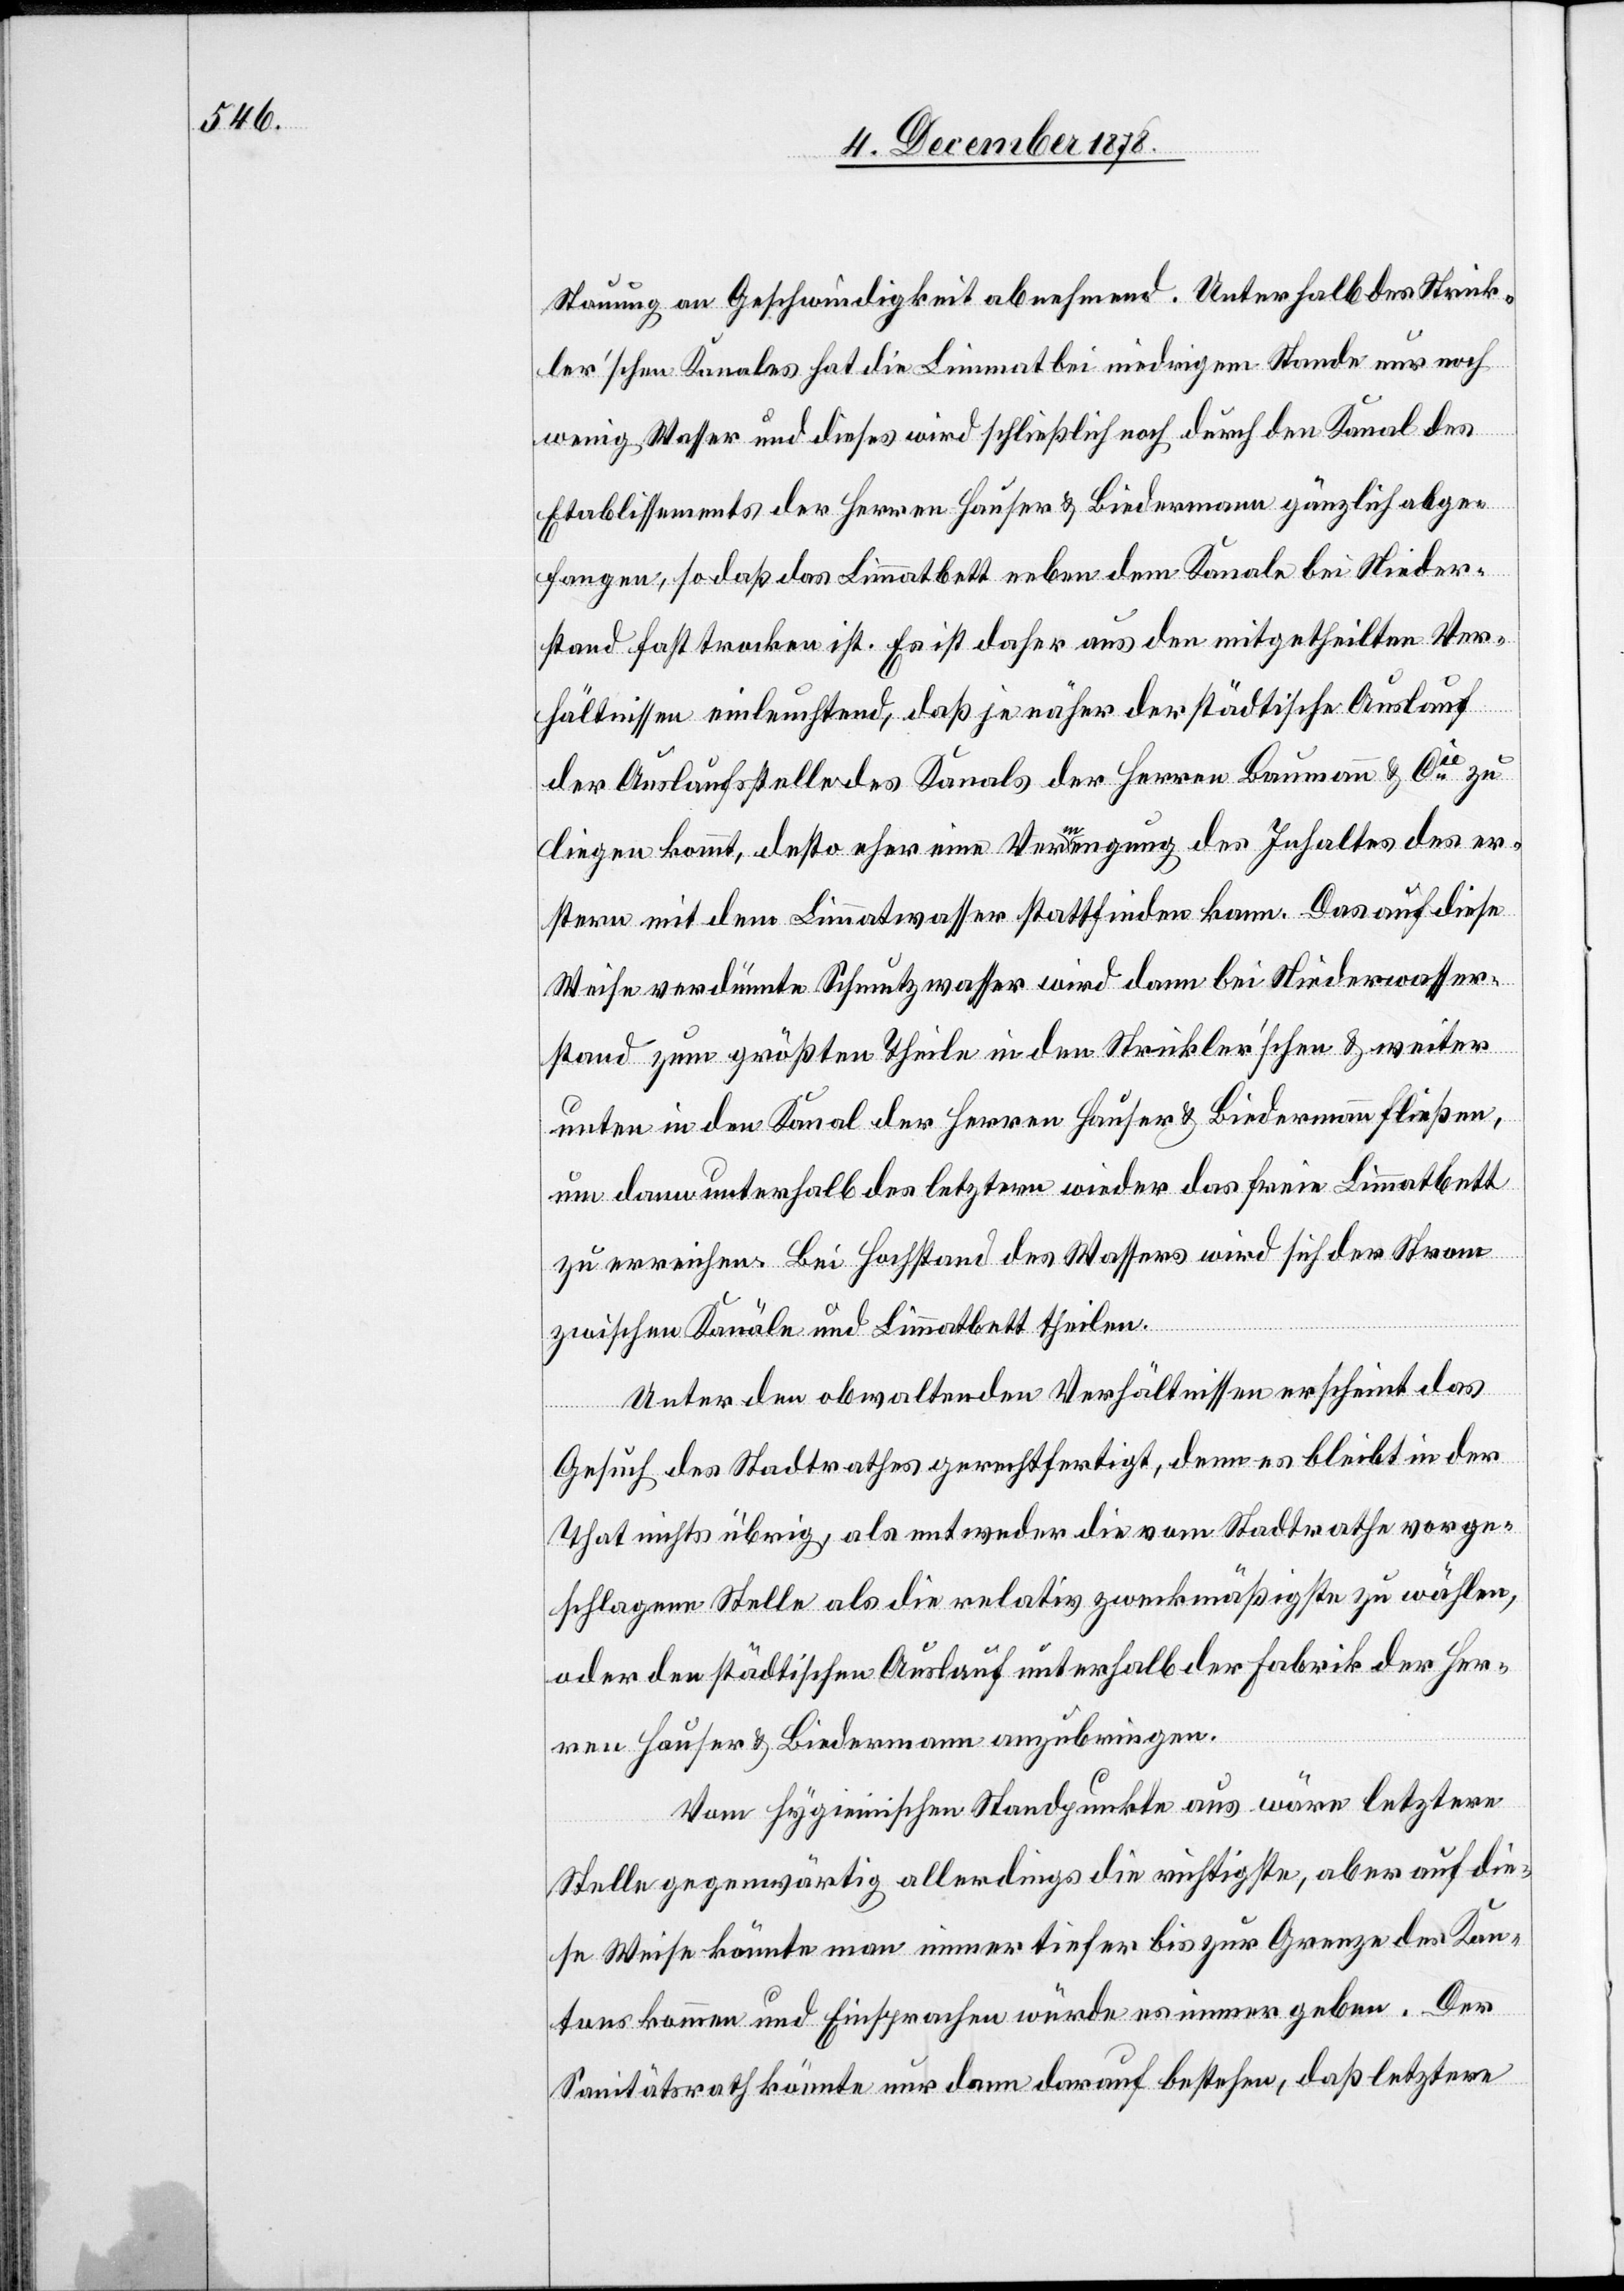
Stauung an Geschwindigkeit abnehmend. Unterhalb des Strick¬
ler’schen Kanale hat die Limmat bei niedrigem Stande nur noch
wenig Wasser und dieses wird schließlich noch durch den Kanal des
Etablissements der Herren Hauser & Biedermann gänzlich abge¬
fangen, so daß das Limmatbett neben dem Kanale bei Nieder¬
stand fast trocken ist. Es ist daher aus den mitgetheilten Ver¬
hältnissen einleuchtend, daß je näher der städtische Auslauf
der Auslaufstelle des Kanals der Herren Baumann & Cie zu
liegen kommt, desto eher eine Vermengung des Inhaltes des er¬
stern mit dem Limmatwasser stattfinden kann. Das auf diese
Weise verdünnte Schmutzwasser wird dann bei Niederwasser¬
stand zum größten Theile in den Strickler’schen & weiter
unten in den Kanal der Herren Hauser & Biedermann fließen,
um dann unterhalb des letztern wieder das freie Limmatbett
zu erreichen. Bei Hochstand des Wassers wird sich der Strom
zwischen Kanäle und Limmatbett theilen.
Unter den obwaltenden Verhältnissen erscheint das
Gesuch des Stadtrathes gerechtfertigt, denn es bleibt in der
That nichts übrig, als entweder die vom Stadtrathe vorge¬
schlagene Stelle als die relativ zweckmäßigste zu wählen,
oder den städtischen Auslauf unterhalb der Fabrik der Her¬
ren Hauser & Biedermann anzubringen.
Vom hygienischen Standpunkte aus wäre letztere
Stelle gegenwärtig allerdings die richtigste, aber auf die¬
se Weise könnte man immer tiefer bis zur Grenze des Kan¬
tons kommen und Einsprachen würde es immer geben. Der
Sanitätsrath könnte nur dann darauf bestehen, daß letztere